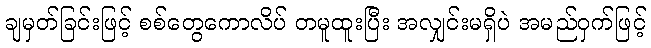
ချမှတ်ခြင်းဖြင့် စစ်တွေကောလိပ် တမူထူးပြီး အလျှင်းမရှိပဲ အမည်ဝှက်ဖြင့်